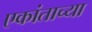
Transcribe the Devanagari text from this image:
एकांताच्या